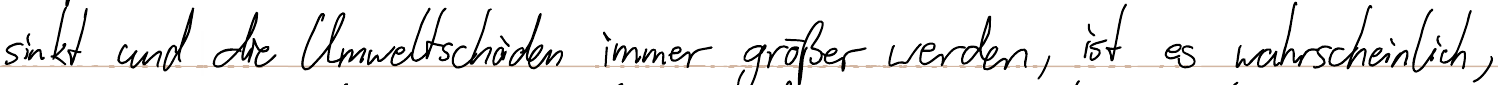
sinkt und die Umweltschäden immer größer werden, ist es wahrscheinlich,